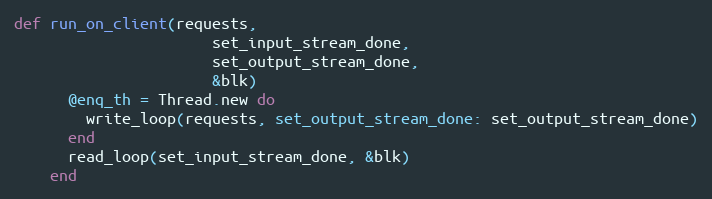
Language: Ruby
def run_on_client(requests,
                      set_input_stream_done,
                      set_output_stream_done,
                      &blk)
      @enq_th = Thread.new do
        write_loop(requests, set_output_stream_done: set_output_stream_done)
      end
      read_loop(set_input_stream_done, &blk)
    end